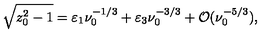
\sqrt { z _ { 0 } ^ { 2 } - 1 } = \varepsilon _ { 1 } \nu _ { 0 } ^ { - 1 / 3 } + \varepsilon _ { 3 } \nu _ { 0 } ^ { - 3 / 3 } + { \cal O } ( \nu _ { 0 } ^ { - 5 / 3 } ) ,